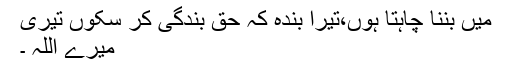
میں بننا چاہتا ہوں،تیرا بندہ کہ حقِ بندگی کر سکوں تیری
میرے اللہ ۔